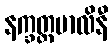
နက္ခတ္တမာလိနီ